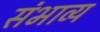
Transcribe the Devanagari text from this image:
संभाव्‍य